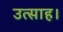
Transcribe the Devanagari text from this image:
उत्‍साह।